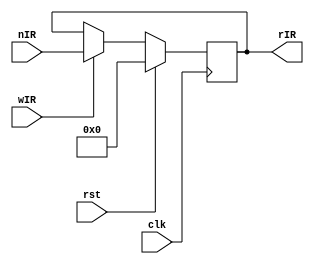
`default_nettype none

// Instruction Register
module IR (
        input clk,              // clock
        input [7:0] nIR,
        // control signals
        input wIR,                // enable signal
        input rst,
        // output: register value
        output reg [7:0] rIR
    );

    always @(posedge clk) begin
        if(rst)
          rIR <= 8'b 0;
        else
          if(wIR) begin
            rIR <= nIR;
          end
    end

endmodule